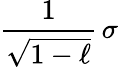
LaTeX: {\frac{1}{\sqrt{1-\ell}}}\, \sigma